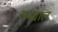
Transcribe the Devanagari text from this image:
नन्द्याल